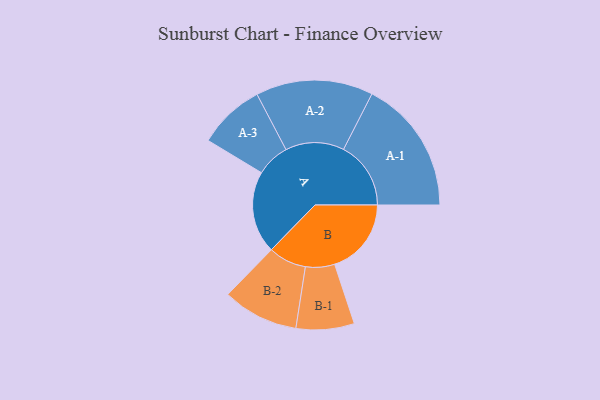
{"axis": {"x": "Segment", "y": "Value"}, "legend": ["", "A", "B"], "data": [{"x": "A", "y": 342, "type": ""}, {"x": "B", "y": 319, "type": ""}, {"x": "A-1", "y": 280, "type": "A"}, {"x": "A-2", "y": 244, "type": "A"}, {"x": "A-3", "y": 139, "type": "A"}, {"x": "B-1", "y": 121, "type": "B"}, {"x": "B-2", "y": 158, "type": "B"}]}